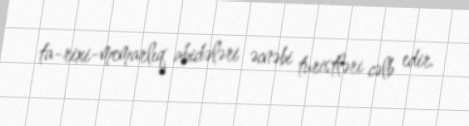
ta-rixi-memarlıq abidələri əcnəbi turistləri cəlb edir.